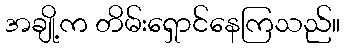
အချို့က တိမ်းရှောင်နေကြသည်။